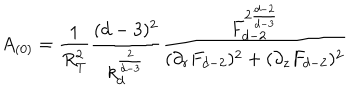
A _ { ( 0 ) } = \frac { 1 } { R _ { T } ^ { 2 } } \frac { ( d - 3 ) ^ { 2 } } { k _ { d } ^ { \frac { 2 } { d - 3 } } } \frac { F _ { d - 2 } ^ { 2 \frac { d - 2 } { d - 3 } } } { ( \partial _ { r } F _ { d - 2 } ) ^ { 2 } + ( \partial _ { z } F _ { d - 2 } ) ^ { 2 } }